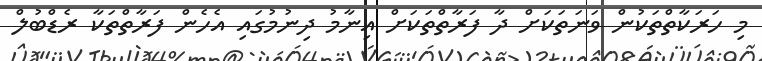
މި ހަރަކާތްތަކުން ވަނަތަކަށް ދާ ފަރާތްތަކަށް އިނާމު ދިނުމުގައި އެހެން ފަރާތްތަކާ ރެޑްބުލް